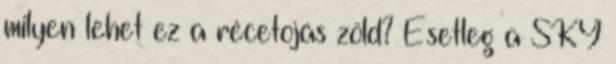
milyen lehet ez a récetojás zöld? Esetleg a SKY